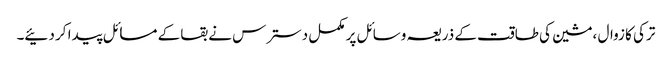
ترکی کا زوال ،مشین کی طاقت کے ذریعہ وسائل پر مکمل دسترس نے بقا کے مسائل پیدا کر دئیے۔